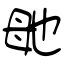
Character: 毑